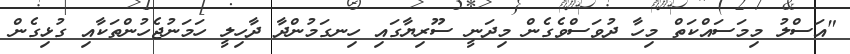
"އަސްލު މިމަސައްކަތް މިހާ ދުވަސްވެގެން މިދަނީ ސޫރިޔާގައި ހިނގަމުންދާ ދާހިލީ ހަމަނުޖެހުންތަކާއި ގުޅިގެން